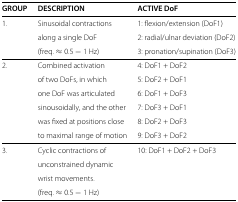
<table><thead><tr><td><b>GROUP</b></td><td><b>DESCRIPTION</b></td><td><b>ACTIVE DoF</b></td></tr></thead><tbody><tr><td>1.</td><td>Sinusoidal contractions</td><td>1: flexion/extension (DoF1)</td></tr><tr><td> </td><td>along a single DoF</td><td>2: radial/ulnar deviation (DoF2)</td></tr><tr><td> </td><td>(freq. ≈ 0.5 − 1 Hz)</td><td>3: pronation/supination (DoF3)</td></tr><tr><td>2.</td><td>Combined activation</td><td>4: DoF1 + DoF2</td></tr><tr><td> </td><td>of two DoFs, in which</td><td>5: DoF2 + DoF1</td></tr><tr><td> </td><td>one DoF was articulated</td><td>6: DoF1 + DoF3</td></tr><tr><td> </td><td>sinousoidally, and the other</td><td>7: DoF3 + DoF1</td></tr><tr><td> </td><td>was fixed at positions close</td><td>8: DoF2 + DoF3</td></tr><tr><td> </td><td>to maximal range of motion</td><td>9: DoF3 + DoF2</td></tr><tr><td>3.</td><td>Cyclic contractions of</td><td>10: DoF1 + DoF2 + DoF3</td></tr><tr><td> </td><td>unconstrained dynamic</td><td> </td></tr><tr><td> </td><td>wrist movements.</td><td> </td></tr><tr><td> </td><td>(freq. ≈ 0.5 − 1 Hz)</td><td> </td></tr></tbody></table>